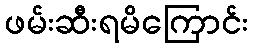
ဖမ်းဆီးရမိကြောင်း